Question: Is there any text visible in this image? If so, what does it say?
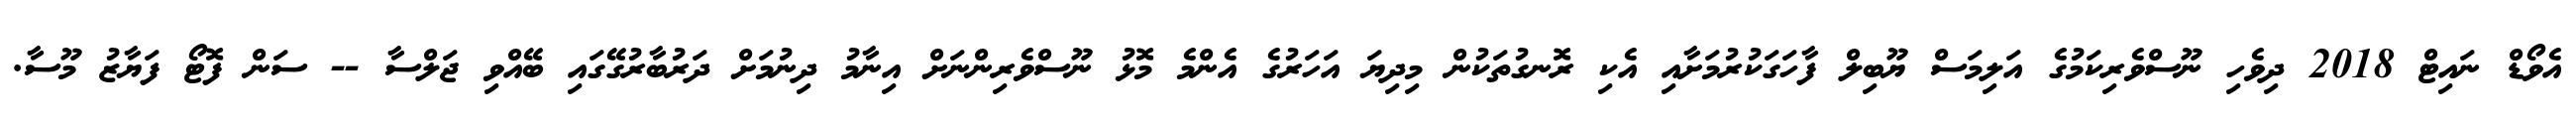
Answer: އެވޯޑް ނައިޓް 2018 ދިވެހި ނޫސްވެރިކަމުގެ އަލިމަސް ޔޫބިލް ފާހަގަކުރުމަށާއި އެކި ރޮނގުތަކުން މިދިޔަ އަހަރުގެ އެންމެ މޮޅު ނޫސްވެރިންނަށް އިނާމު ދިނުމަށް ދަރުބާރުގޭގައި ބޭއްވި ޖަލްސާ -- ސަން ފޮޓޯ ފަޔާޒު މޫސާ.